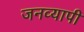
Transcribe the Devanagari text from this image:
जनव्यापी